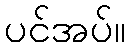
ပင်အပ်။